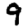
Digit: 9